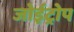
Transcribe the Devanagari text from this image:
जोईट्रोप